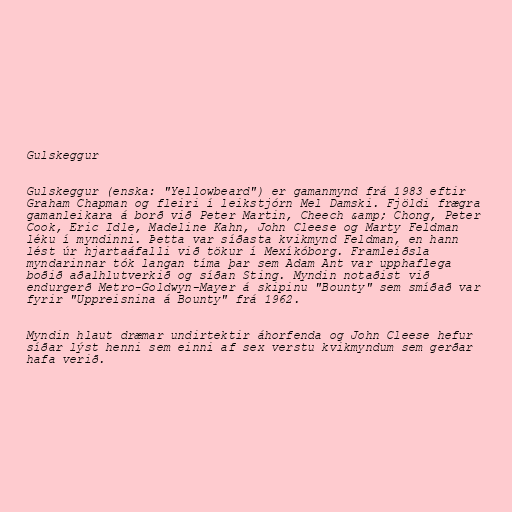
Gulskeggur

Gulskeggur (enska: "Yellowbeard") er gamanmynd frá 1983 eftir
Graham Chapman og fleiri í leikstjórn Mel Damski. Fjöldi frægra
gamanleikara á borð við Peter Martin, Cheech &amp; Chong, Peter
Cook, Eric Idle, Madeline Kahn, John Cleese og Marty Feldman
léku í myndinni. Þetta var síðasta kvikmynd Feldman, en hann
lést úr hjartaáfalli við tökur í Mexíkóborg. Framleiðsla
myndarinnar tók langan tíma þar sem Adam Ant var upphaflega
boðið aðalhlutverkið og síðan Sting. Myndin notaðist við
endurgerð Metro-Goldwyn-Mayer á skipinu "Bounty" sem smíðað var
fyrir "Uppreisnina á Bounty" frá 1962.

Myndin hlaut dræmar undirtektir áhorfenda og John Cleese hefur
síðar lýst henni sem einni af sex verstu kvikmyndum sem gerðar
hafa verið.